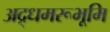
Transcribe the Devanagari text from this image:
अद्र्धमरूभूमि